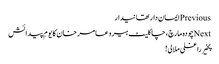
Previousایمان دار تھانیدار
Nextچودہ مارچ، چاکلیٹ ہیرو عامر خان کا یومِ پیدائش
پخیر راغلی ملالی!